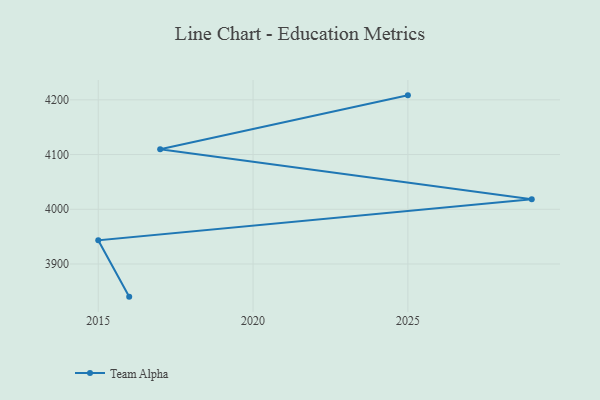
{"axis": {"x": "Year", "y": "Churn Rate (%)"}, "legend": ["Team Alpha"], "data": [{"x": "2025", "y": 4208.2, "type": "Team Alpha"}, {"x": "2017", "y": 4109.7, "type": "Team Alpha"}, {"x": "2029", "y": 4018.2, "type": "Team Alpha"}, {"x": "2015", "y": 3943.4, "type": "Team Alpha"}, {"x": "2016", "y": 3840.3, "type": "Team Alpha"}]}